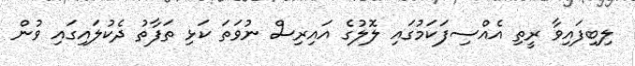
ލިބިފައިވާ ރީތި އެއްސިފަކަމުގައި ލޮލުގެ އައިރިސް ނުވަތަ ކަޅި ތަފާތު ދެކުލައިގައި ވުން